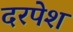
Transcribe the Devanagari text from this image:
दरपेश